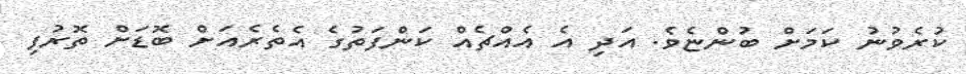
ކުރެވުނު ކަމަށް ބުންޏެވެ. އަދި އެ އެއްޗެއް ކަންފަތުގެ އެތެރެއަށް ބޮޑަށް ތޮރުފި